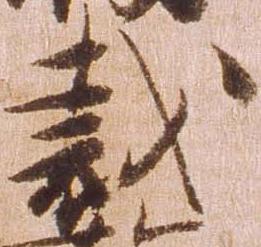
裁